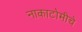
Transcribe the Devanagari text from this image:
नाकाटोमीचे